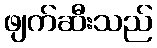
ဖျက်ဆီးသည်